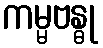
ကမ္မဗန္ဓု